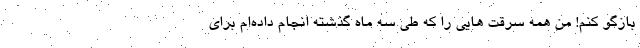
بازگو کنم! من همه سرقت هایی را که طی سه ماه گذشته انجام داده‌ام برای